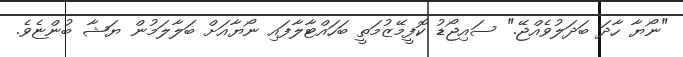
"ނޯޔާ ހާދަ ބަދަލުވެއްޖޭ." ސައިޖޯޑު ކޮފީމޭޒުމަތީ ބަހައްޓާލާފައި ނޯޔާއަށް ބަލާލަމުން ޔަޝާ ބުންޏެވެ.